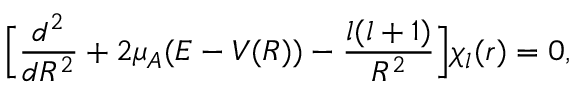
\Big [ \frac { d ^ { 2 } } { d R ^ { 2 } } + 2 \mu _ { A } ( E - V ( R ) ) - \frac { l ( l + 1 ) } { R ^ { 2 } } \Big ] \chi _ { l } ( r ) = 0 ,